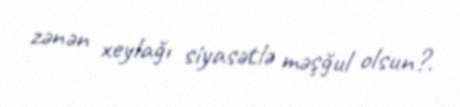
zənən xeylağı siyasətlə məşğul olsun?.